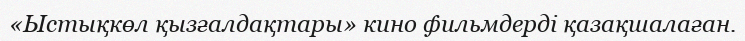
«Ыстықкөл қызғалдақтары» кино фильмдерді қазақшалаған.